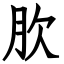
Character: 肷